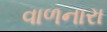
વાળનારા